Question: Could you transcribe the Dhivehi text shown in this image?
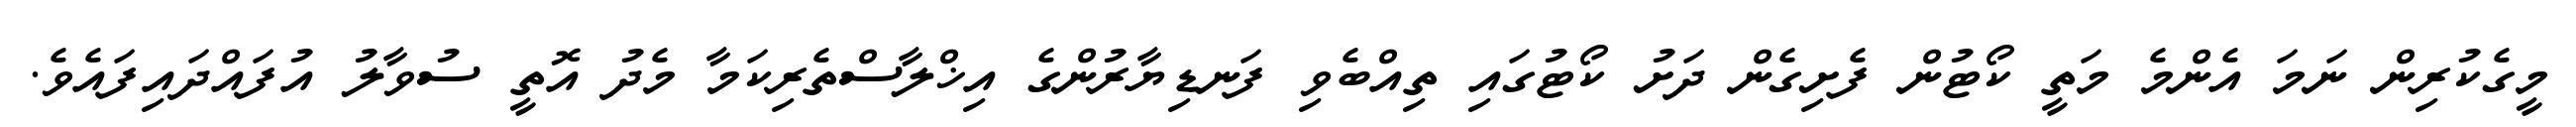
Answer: މީގެކުރިން ނަމަ އެންމެ މަތީ ކޯޓުން ފެށިގެން ދަށު ކޯޓުގައި ތިއްބެވި ފަނޑިޔާރުންގެ އިޚްލާސްތެރިކަމާ މެދު އޮތީ ސުވާލު އުފައްދައިފައެވެ.